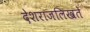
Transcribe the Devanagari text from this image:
देशराजलिखते